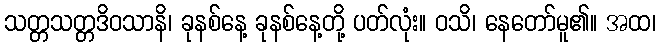
သတ္တသတ္တဒိဝသာနိ၊ ခုနစ်နေ့ ခုနစ်နေ့တို့ ပတ်လုံး။ ဝသိ၊ နေတော်မူ၏။ အထ၊